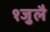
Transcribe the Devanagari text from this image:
१जुलै